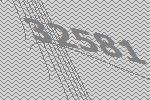
32581